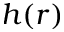
h ( r )